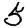
Digit: 5